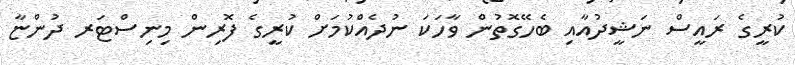
ކުރީގެ ރައީސް ނަޝީދުއާއި ބެހޭގޮތުން ވާހަކަ ނުދެއްކުމަށް ކުރީގެ ފޮރިން މިނިސްޓަރ ދުންޏާ